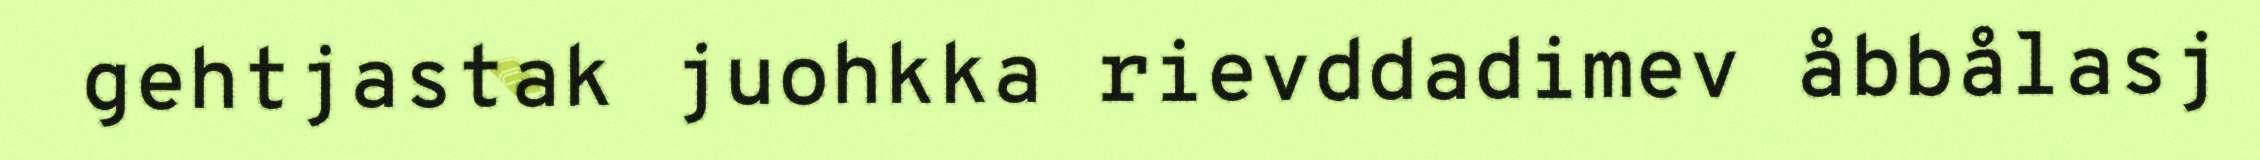
gehtjastak juohkka rievddadimev åbbålasj